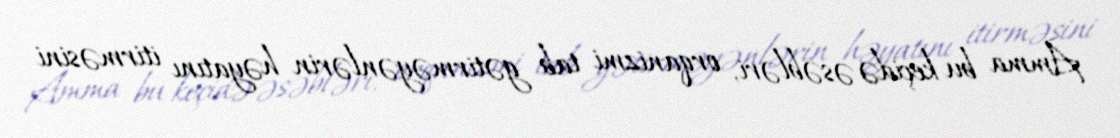
Amma bu keçidə əsəbləri, orqanizmi tab gətirməyənlərin həyatını itirməsini